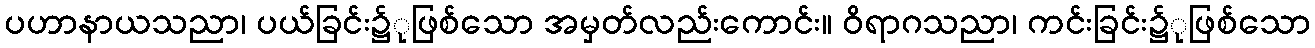
ပဟာနာယသညာ၊ ပယ်ခြင်း၌ုဖြစ်သော အမှတ်လည်းကောင်း။ ဝိရာဂသညာ၊ ကင်းခြင်း၌ုဖြစ်သော